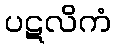
ပဋလိကံ